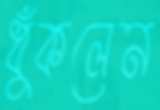
ধুঁকলেন